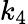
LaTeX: k_{4}